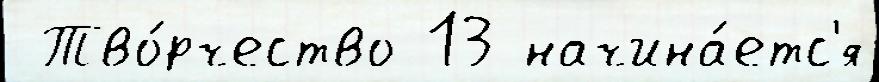
 Тво́рчество 13 начина́етс'я